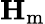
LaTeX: \mathbf{H}_{\mathrm{m}}